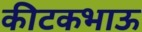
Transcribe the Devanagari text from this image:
कीटकभाऊ